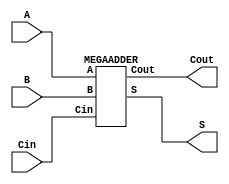
// starter.v (Rename to <RNumber>.v
//
//  Implement an 8-bit ripple-carry adder.
//
module top(Cin, A, B, Cout, S);

// Verilog code goes here.
input Cin; 
input [7:0] A, B;

output [7:0] S; 
output Cout;

MEGAADDER u0(Cin, A, B, Cout, S);

endmodule

// Additional modules go here (if necessary).
module MEGAADDER (Cin, A, B, Cout, S);
input Cin; 
input [7:0] A, B;

output [7:0] S; 
output Cout;

wire w0, w1, w2, w3, w4, w5, w6;
fullAdder u0(.Cin(Cin), .A(A[0]), .B(B[0]), .Cout(w0), .S(S[0]));
fullAdder u1(.Cin(w0), .A(A[1]), .B(B[1]), .Cout(w1), .S(S[1]));
fullAdder u2(.Cin(w1), .A(A[2]), .B(B[2]), .Cout(w2), .S(S[2]));
fullAdder u3(.Cin(w2), .A(A[3]), .B(B[3]), .Cout(w3), .S(S[3]));
fullAdder u4(.Cin(w3), .A(A[4]), .B(B[4]), .Cout(w4), .S(S[4]));
fullAdder u5(.Cin(w4), .A(A[5]), .B(B[5]), .Cout(w5), .S(S[5]));
fullAdder u6(.Cin(w5), .A(A[6]), .B(B[6]), .Cout(w6), .S(S[6]));
fullAdder u7(.Cin(w6), .A(A[7]), .B(B[7]), .Cout(Cout), .S(S[7]));

endmodule

module fullAdder (Cin, A, B, Cout, S);
input Cin; //Carry in
input A, B; // Inputs A and B respectively

output Cout;
output S;
//Assignment gates
assign S = Cin ^ A ^ B; //Sum - Learned that ^ is xor.
assign Cout = A & B | Cin & A | Cin & B; //Cout

endmodule